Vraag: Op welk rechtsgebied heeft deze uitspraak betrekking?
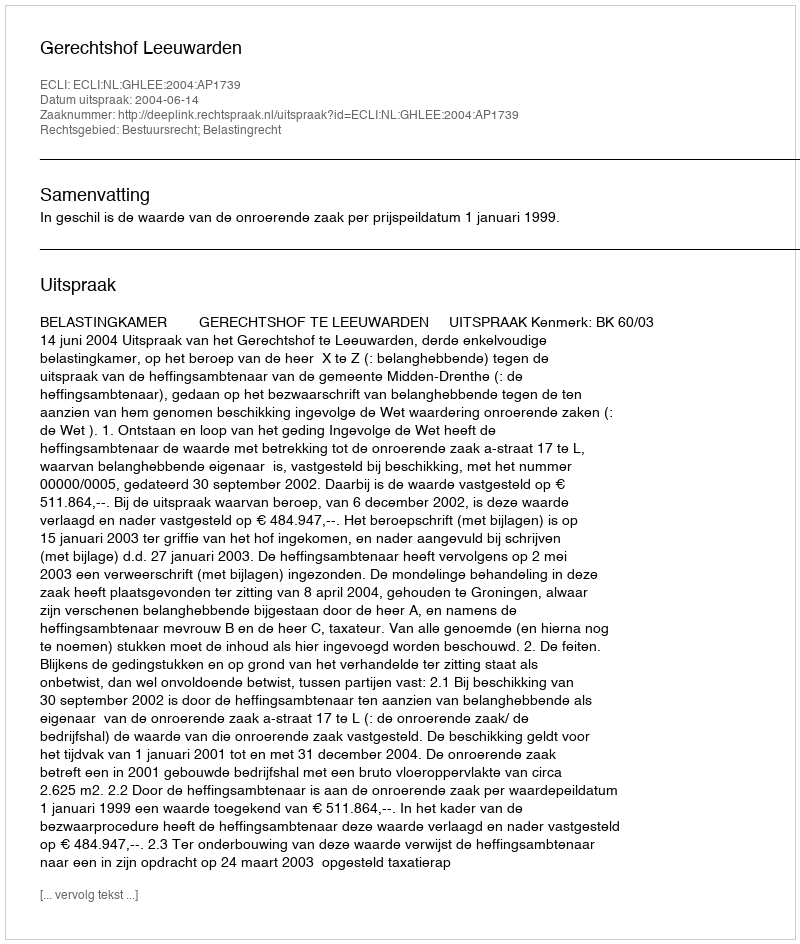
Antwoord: Bestuursrecht; Belastingrecht